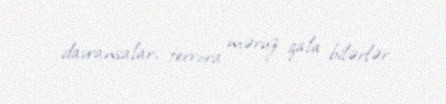
davransalar, terrora məruz qala bilərlər.